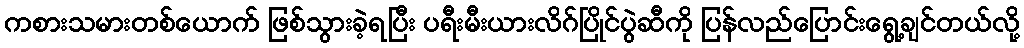
ကစားသမားတစ်ယောက် ဖြစ်သွားခဲ့ရပြီး ပရီးမီးယားလိဂ်ပြိုင်ပွဲဆီကို ပြန်လည်ပြောင်းရွေ့ချင်တယ်လို့